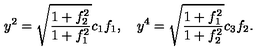
y ^ { 2 } = \sqrt { \frac { 1 + f _ { 2 } ^ { 2 } } { 1 + f _ { 1 } ^ { 2 } } } c _ { 1 } f _ { 1 } , \quad y ^ { 4 } = \sqrt { \frac { 1 + f _ { 1 } ^ { 2 } } { 1 + f _ { 2 } ^ { 2 } } } c _ { 3 } f _ { 2 } .